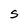
Character: S